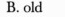
B.old